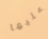
عليها